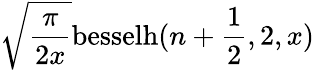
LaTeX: \sqrt{\frac{\pi}{2x}}\mathrm{besselh}(n+\frac{1}{2},2,x)